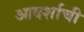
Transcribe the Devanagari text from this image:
आदर्शाची